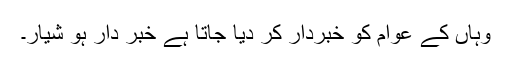
وہاں کے عوام کو خبردار کر دیا جاتا ہے خبر دار ہو شیار۔